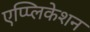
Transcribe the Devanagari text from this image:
एप्प्लिकेशन